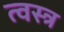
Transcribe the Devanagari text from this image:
त्वस्त्र